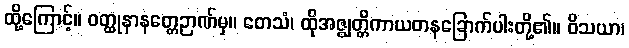
ထို့ကြောင့်။ ဝတ္ထုနာနတ္တေဉာဏ်မှ။ တေသံ၊ ထိုအဇ္ဈတ္တိကာယတနခြောက်ပါးတို့၏။ ဝိသယာ၊